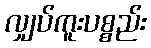
လျှပ်ကူးပစ္စည်း